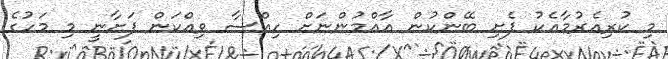
މި ކުރިއެރުމާއެކު ފެށި ބޭންކުން އާއްމުންނަށް ހިއްސާ ވިއްކަން ފަށާނީ މި މަހުގެ